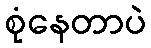
စုံနေတာပဲ